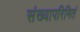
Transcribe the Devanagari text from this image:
संख्यापरिमितं